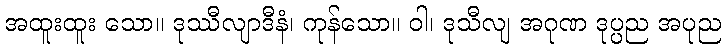
အထူးထူး သော။ ဒုဿီလျာဒီနံ၊ ကုန်သော။ ဝါ၊ ဒုသီလျ အဂုဏ ဒုပ္ပည အပုည